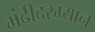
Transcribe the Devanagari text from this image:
मंदीदरम्यान